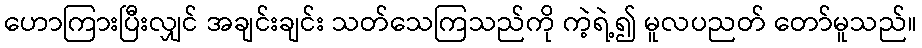
ဟောကြားပြီးလျှင် အချင်းချင်း သတ်သေကြသည်ကို ကဲ့ရဲ့၍ မူလပညတ် တော်မူသည်။